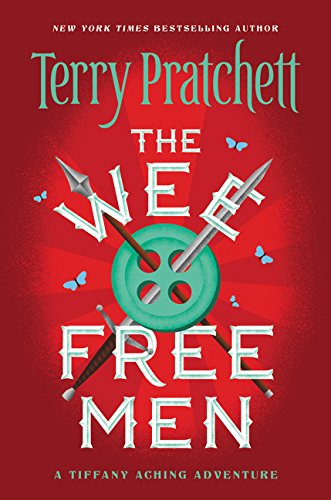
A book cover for The Wee Free Men (Tiffany Aching); Terry Pratchett; Teen & Young Adult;